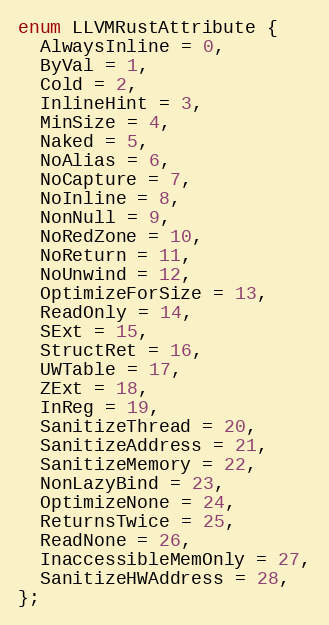
Language: C
enum LLVMRustAttribute {
  AlwaysInline = 0,
  ByVal = 1,
  Cold = 2,
  InlineHint = 3,
  MinSize = 4,
  Naked = 5,
  NoAlias = 6,
  NoCapture = 7,
  NoInline = 8,
  NonNull = 9,
  NoRedZone = 10,
  NoReturn = 11,
  NoUnwind = 12,
  OptimizeForSize = 13,
  ReadOnly = 14,
  SExt = 15,
  StructRet = 16,
  UWTable = 17,
  ZExt = 18,
  InReg = 19,
  SanitizeThread = 20,
  SanitizeAddress = 21,
  SanitizeMemory = 22,
  NonLazyBind = 23,
  OptimizeNone = 24,
  ReturnsTwice = 25,
  ReadNone = 26,
  InaccessibleMemOnly = 27,
  SanitizeHWAddress = 28,
};